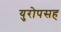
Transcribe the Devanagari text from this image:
युरोपसह